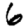
Digit: 6